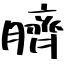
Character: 臍